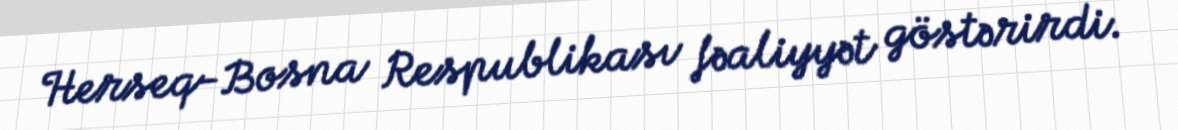
Herseq-Bosna Respublikası fəaliyyət göstərirdi.